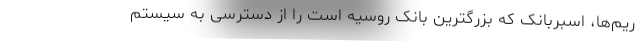
ریم‌ها، اسبربانک که بزرگترین بانک روسیه است را از دسترسی به سیستم